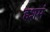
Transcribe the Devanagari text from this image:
हशमं